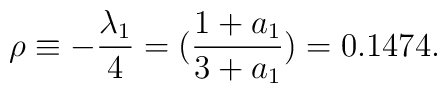
\rho\equiv-\frac{\lambda_1}{4}=(\frac{1+a_1}{3+a_1})=0.1474.